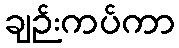
ချဉ်းကပ်ကာ